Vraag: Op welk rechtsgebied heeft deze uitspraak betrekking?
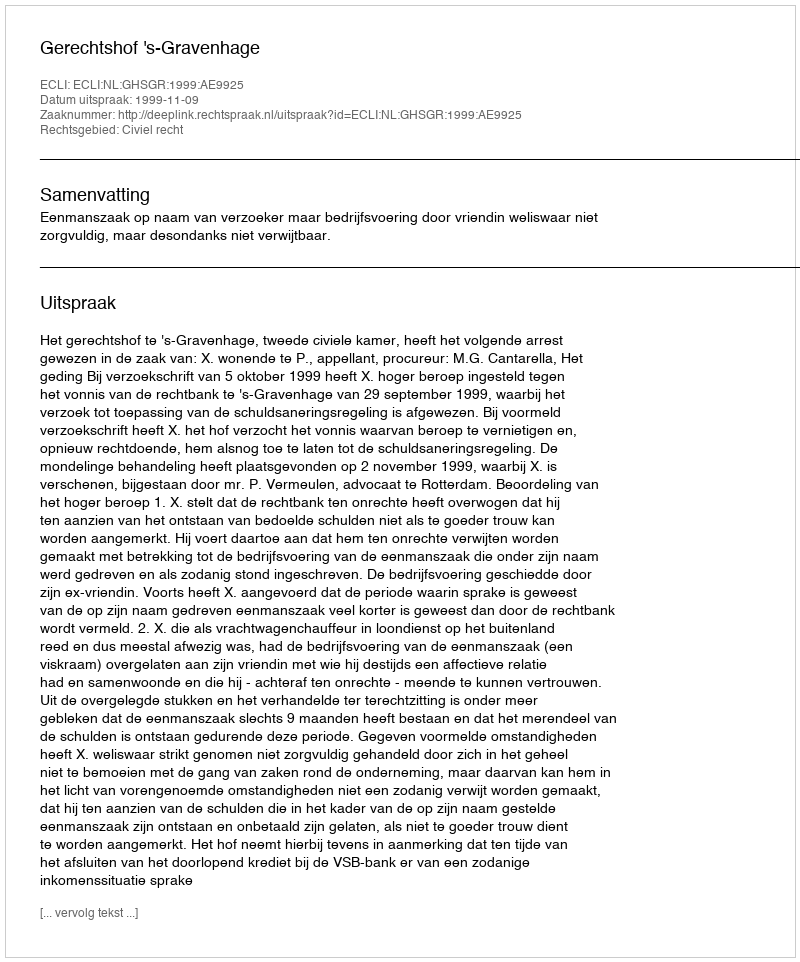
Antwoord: Civiel recht